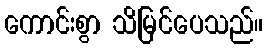
ကောင်းစွာ သိမြင်ပေသည်။